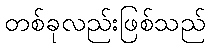
တစ်ခုလည်းဖြစ်သည်